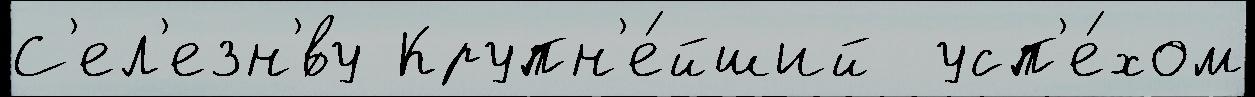
С'ел'езн'́ву Крупн'е́йший  усп'е́хом